Scottish Certificate of Education, 1963
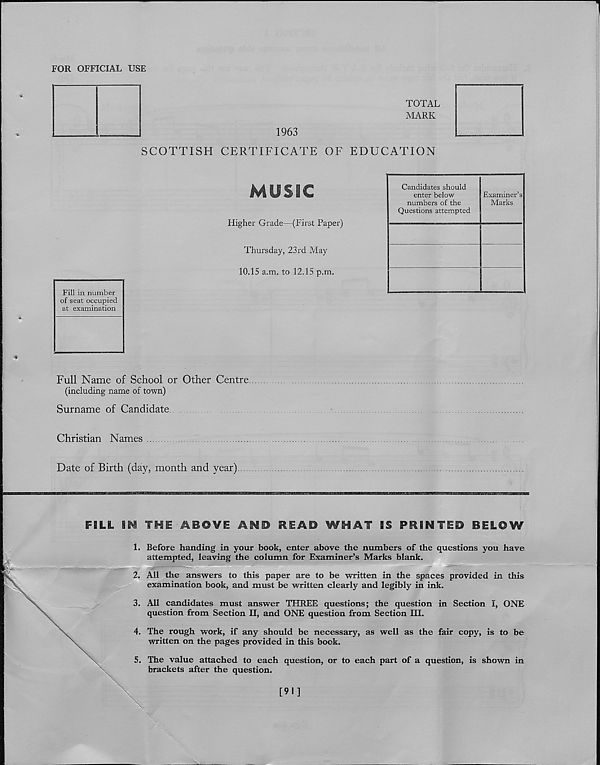
FOR OFFICIAL USE
TOTAL
MARK
1963
SCOTTISH CERTIFICATE OF EDUCATION
MUSiC
Higher Grade—(First Paper)
Thursday, 23rd May
10.15 a.m. to 12.15 p.m.
Fill in number
of seat occupied
at examination
Full Name of School or Other Centre
(including name of town)
Surname of Candidate
Candidates should
enter below
numbers of the
Questions attempted
Examiner’s
Marks
Christian Names
Date of Birth (day, month and year)
FBLL IM THI ABOVE
READ WHAT B§ POINTED BELOW
Before handing in your book, enter above the numbers of the questions you have
attempted, leaving the column for Examiner’s Marks blank.
All the answers to this paper are to be written in the spaces provided in this
examination book, and must be written clearly and legibly in ink.
All candidates must answer THREE questions; the question in Section I, ONE
question from Section II, and ONE question from Section III.
The rough work, if any should be necessary, as well as the fair copy, is to be
written on the pages provided in this book.
The value attached to each question, or to each part of a question, is shown in
brackets after the question.
[91]